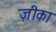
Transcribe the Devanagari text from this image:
ज़ीका